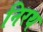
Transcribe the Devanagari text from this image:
निरथ